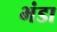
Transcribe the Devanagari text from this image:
भंडा